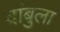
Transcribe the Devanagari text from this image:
दांबुला